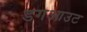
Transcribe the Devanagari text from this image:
डगआउट